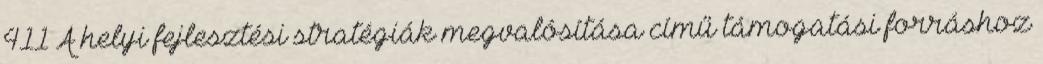
411 A helyi fejlesztési stratégiák megvalósítása című támogatási forráshoz